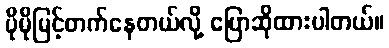
ပိုမိုမြင့်တက်နေတယ်လို့ ပြောဆိုထားပါတယ်။